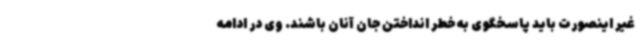
غیر اینصورت باید پاسخگوی به خطر انداختن جان آنان باشند. وی در ادامه